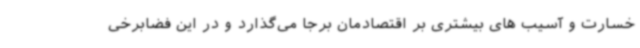
خسارت و آسیب های بیشتری بر اقتصادمان برجا می‌گذارد و در این فضابرخی